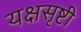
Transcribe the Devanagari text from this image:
यक्षसृष्टी